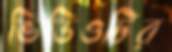
ভিডিওটির